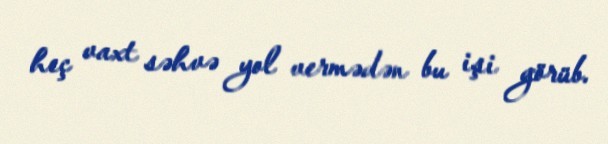
heç vaxt səhvə yol vermədən bu işi görüb.